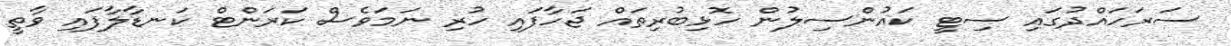
ސަރަހައްދުގައި ސިޓީ ކައުންސިލުން ހޮޅިބުރިތައް ޖަހާފައި ހުރި ނަމަވެސް ކަރަންޓް ކަނޑާލާފައި ވާތީ